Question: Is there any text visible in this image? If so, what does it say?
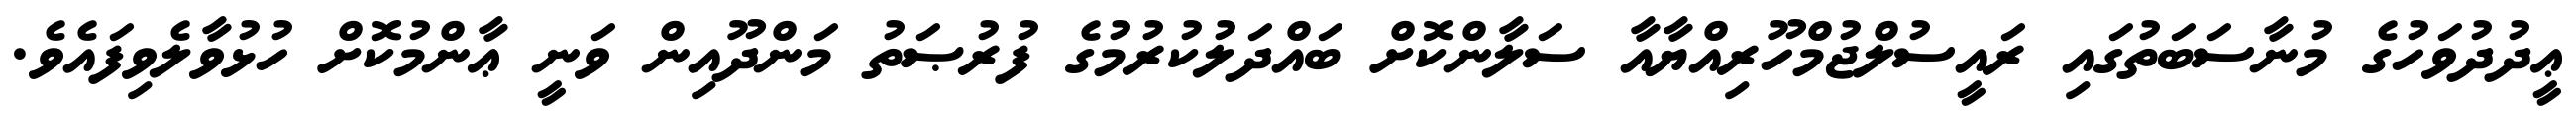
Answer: ޢީދުދުވަހުގެ މުނާސަބަތުގައި ރައީސުލްޖުމްހޫރިއްޔާއާ ސަލާންކޮށް ބައްދަލުކުރުމުގެ ފުރުޞަތު މަންދޫއިން ވަނީ ޢާންމުކޮށް ހުޅުވާލެވިފައެވެ.